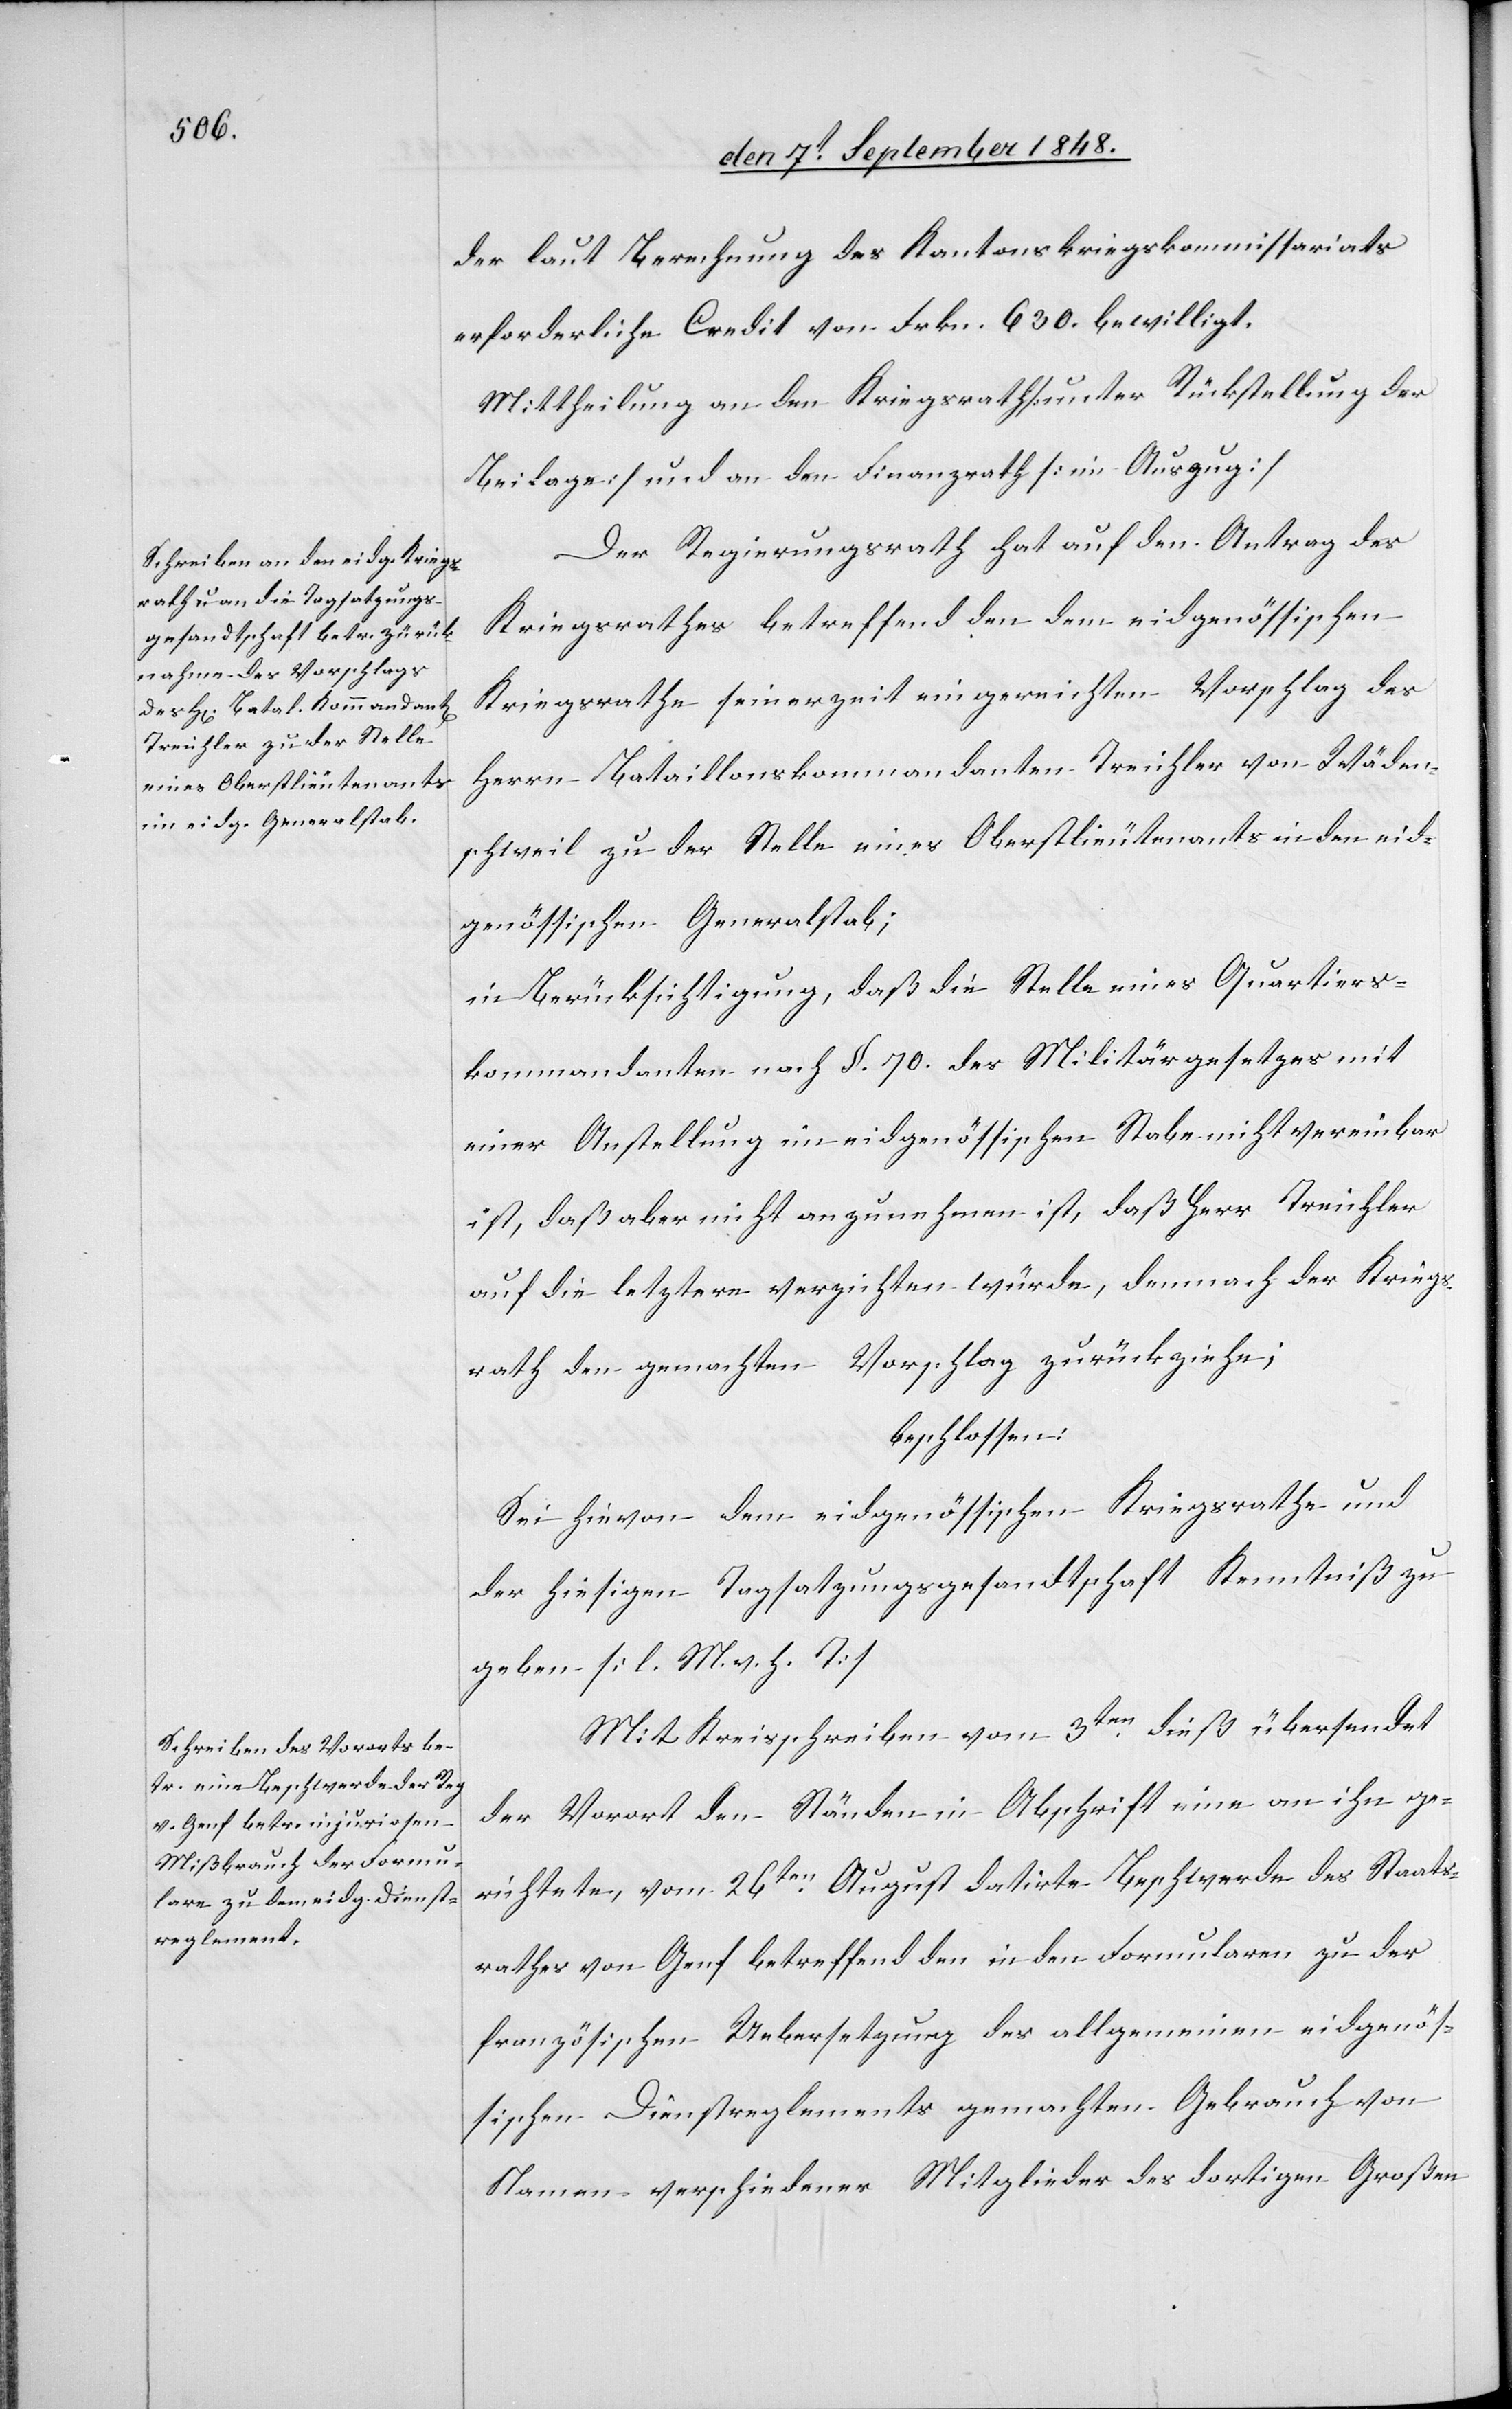
der laut Berechnung des Kantonskriegskommissariats
erforderliche Credit von Frkn. 630. bewilligt.
Mittheilung an den Kriegsrath [unter Rückstellung der
Beilage] und an den Finanzrath [im Auszug].
Der Regierungsrath hat auf den Antrag des
Kriegsrathes betreffend eingereichten Vorschlag
Herrn Bataillonskommandanten Treichler von Wäden¬
schweil zu der Stelle eines Oberstlieutenants in den eid¬
genössischen Generalstab;
in Berücksichtigung, daß die Stelle eines Quartier¬
kommandanten nach §. 70. des Militärgesetzes mit
einer Anstellung im eidgenössischen Stabe nicht vereinbar
ist, daß aber nicht anzunehmen ist, daß Herr Treichler
auf die letztere verzichten würde, demnach der Kriegs¬
rath den gemachten Vorschlag zurückziehe;
beschlossen:
Sei hievon dem eidgenössischen Kriegsrathe und
der hiesigen Tagsatzungsgesandtschaft Kenntniß zu
geben. [l. M. v. h. T]
Mit Kreisschreiben vom 3ten dieß übersendet
der Vorort den Ständen in Abschrift eine an ihn ge¬
richtete, vom 26ten August datirte Beschwerde des Staats¬
rathes von Genf betreffend den in den Formularen zu der
französischen Uebersetzung des allgemeinen eidgenös¬
sischen Dienstreglements gemachten Gebrauch von
Namen verschiedener Mitglieder des dortigen Großen